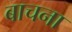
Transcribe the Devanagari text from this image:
बाचना